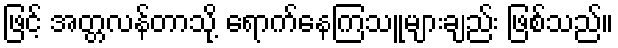
ဖြင့် အတ္တလန်တာသို့ ရောက်နေကြသူများချည်း ဖြစ်သည်။